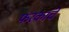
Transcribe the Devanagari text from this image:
फरकांचे